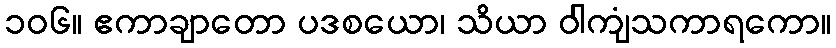
၁၀၆။ ဧကာချာတော ပဒစယော၊ သိယာ ဝါကျံသကာရကော။